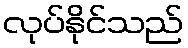
လုပ်နိုင်သည်